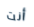
أنت